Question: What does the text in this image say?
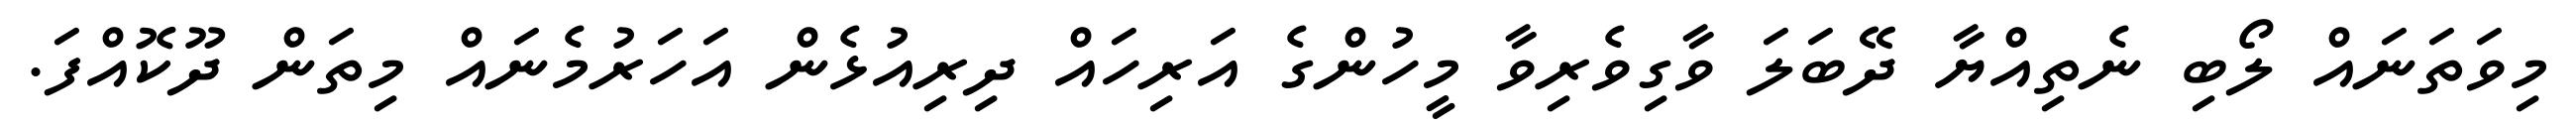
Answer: މިވަތަނައް ލޯބި ނެތިއްޔާ ދޭބަލަ ވާގިވެރިވާ މީހުންގެ އަރިހައް ދިރިއުޅެން އަހަރުމެނައް މިތަން ދޫކޮއްފަ.